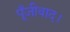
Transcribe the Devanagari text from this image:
पूँजीवाद।